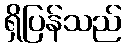
ရှိပြန်သည်